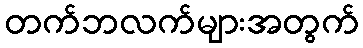
တက်ဘလက်များအတွက်